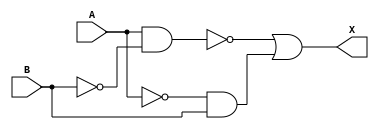
module transmission_gate_xor(
    input A, B,
    output X
);

assign X = ~(A & ~B) | (~A & B);

endmodule